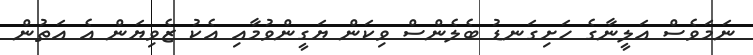
ނަމަވެސް އަލީނާގެ ހަށިގަނޑު ބެލެންސް ވިކަން ޔަގީންވުމާއި އެކު ޒެވިޔަން އެ އަތުން